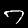
Label: 7